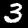
Digit: 3